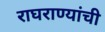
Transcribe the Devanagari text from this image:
राघराण्यांची